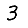
Digit: 3